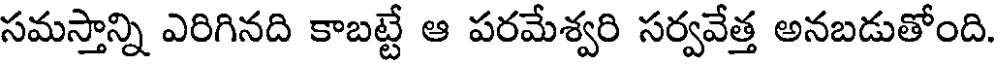
సమస్తాన్ని ఎరిగినది కాబట్టే ఆ పరమేశ్వరి సర్వవేత్త అనబడుతోంది.